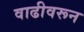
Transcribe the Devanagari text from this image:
वाढीवरून